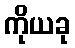
ကိုယခု